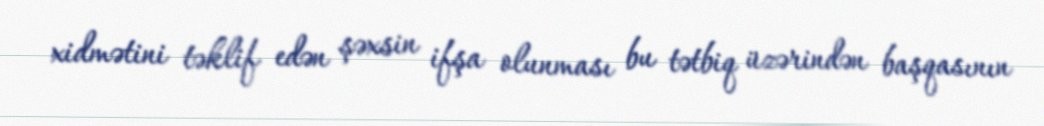
xidmətini təklif edən şəxsin ifşa olunması bu tətbiq üzərindən başqasının